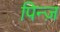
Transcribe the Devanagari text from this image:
पिन्ज़